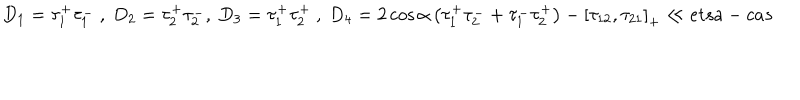
LaTeX: D _ { 1 } = \tau _ { 1 } ^ { + } \tau _ { 1 } ^ { - } \ , \ D _ { 2 } = \tau _ { 2 } ^ { + } \tau _ { 2 } ^ { - } , \ D _ { 3 } = \tau _ { 1 } ^ { + } \tau _ { 2 } ^ { + } \ , \ D _ { 4 } = 2 \cos { \alpha } \left( \tau _ { 1 } ^ { + } \tau _ { 2 } ^ { - } + \tau _ { 1 } ^ { - } \tau _ { 2 } ^ { + } \right) - \left[ \tau _ { 1 2 } , \tau _ { 2 1 } \right] _ { + } \ll { e t s a - c a s }